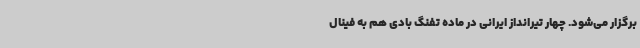
برگزار می‌شود. چهار تیرانداز ایرانی در ماده تفنگ بادی هم به فینال